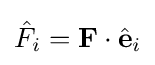
{\hat {F}}_{i}=\mathbf {F} \cdot {\hat {\mathbf {e} }}_{i}